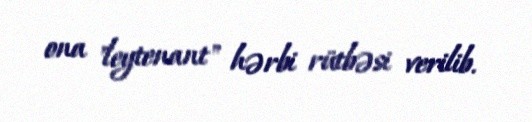
ona "leytenant" hərbi rütbəsi verilib.